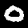
Label: 0